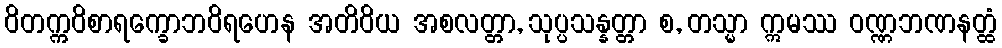
ဝိတက္ကဝိစာရက္ခောဘဝိရဟေန အတိဝိယ အစလတ္တာ, သုပ္ပသန္နတ္တာ စ, တသ္မာ ဣမဿ ဝဏ္ဏဘဏနတ္ထံ